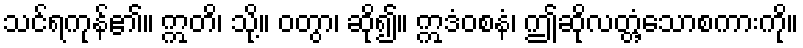
သင်ရကုန်၏။ ဣတိ၊ သို့။ ဝတွာ၊ ဆို၍။ ဣဒံဝစနံ၊ ဤဆိုလတ္တံ့သောစကားကို။